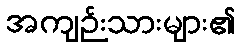
အကျဉ်းသားများ၏